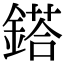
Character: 鎝